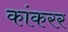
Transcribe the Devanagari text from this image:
कांकरर